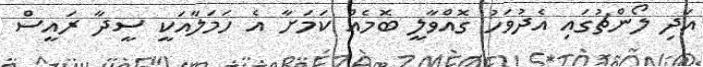
އަދި ލޯންޗުގައި އެދުވަހު ގޮއްވާލީ ބޮމެއް ކަމަށާ އެ ހަމަލާއަކީ ސީދާ ރައީސް